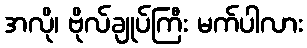
အလို၊ ဗိုလ်ချုပ်ကြီး မက်ပါလား